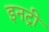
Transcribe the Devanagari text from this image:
इनट्री